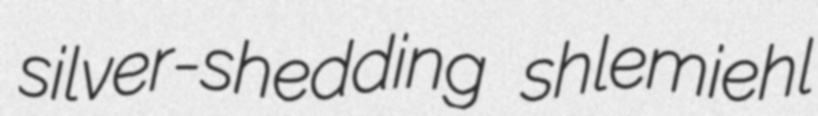
silver-shedding shlemiehl